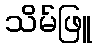
သိမ်ဖြူ